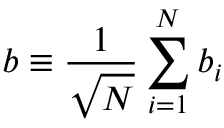
b \equiv \frac { 1 } { \sqrt N } \sum _ { i = 1 } ^ { N } b _ { i }